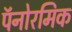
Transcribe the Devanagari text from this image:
पॅनोरमिक